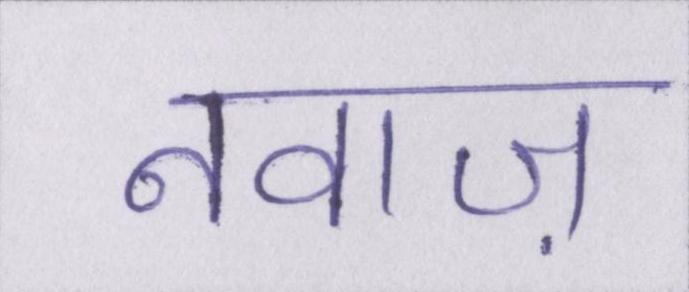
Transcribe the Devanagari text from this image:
नवाज़